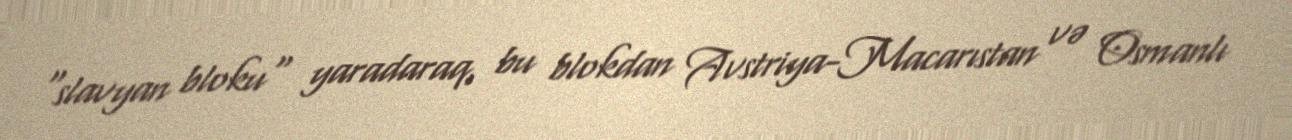
"slavyan bloku" yaradaraq, bu blokdan Avstriya-Macarıstan və Osmanlı